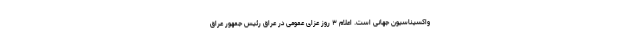
واکسیناسیون جهانی است. اعلام ۳ روز عزای عمومی در عراق رئیس جمهور عراق